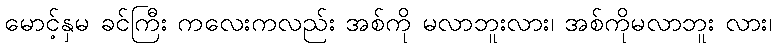
မောင့်နှမ ခင်ကြီး ကလေးကလည်း အစ်ကို မလာဘူးလား၊ အစ်ကိုမလာဘူး လား၊